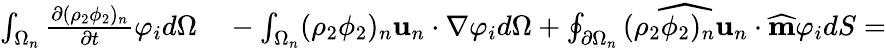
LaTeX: \begin{array}{rl}{\int_{\Omega_{n}}\frac{\partial(\rho_{2}\phi_{2})_{n}}{\partial t}\varphi_{i}d\Omega}&{{}-\int_{\Omega_{n}}(\rho_{2}\phi_{2})_{n}\textbf{u}_{n}\cdot\nabla\varphi_{i}d\Omega+\oint_{\partial\Omega_{n}}\widehat{(\rho_{2}\phi_{2})_{n}\textbf{u}_{n}}\cdot\widehat{\textbf{m}}\varphi_{i}dS=}\end{array}